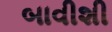
બાવીશી